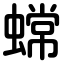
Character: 蟐